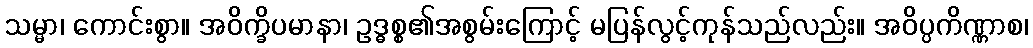
သမ္မာ၊ ကောင်းစွာ။ အဝိက္ခိပမာနာ၊ ဥဒ္ဓစ္စ၏အစွမ်းကြောင့် မပြန်လွင့်ကုန်သည်လည်း။ အဝိပ္ပကိဏ္ဏာစ၊